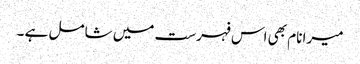
میرا نام بھی اس فہرست میں شامل ہے ۔